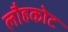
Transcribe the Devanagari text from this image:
लौहकोट